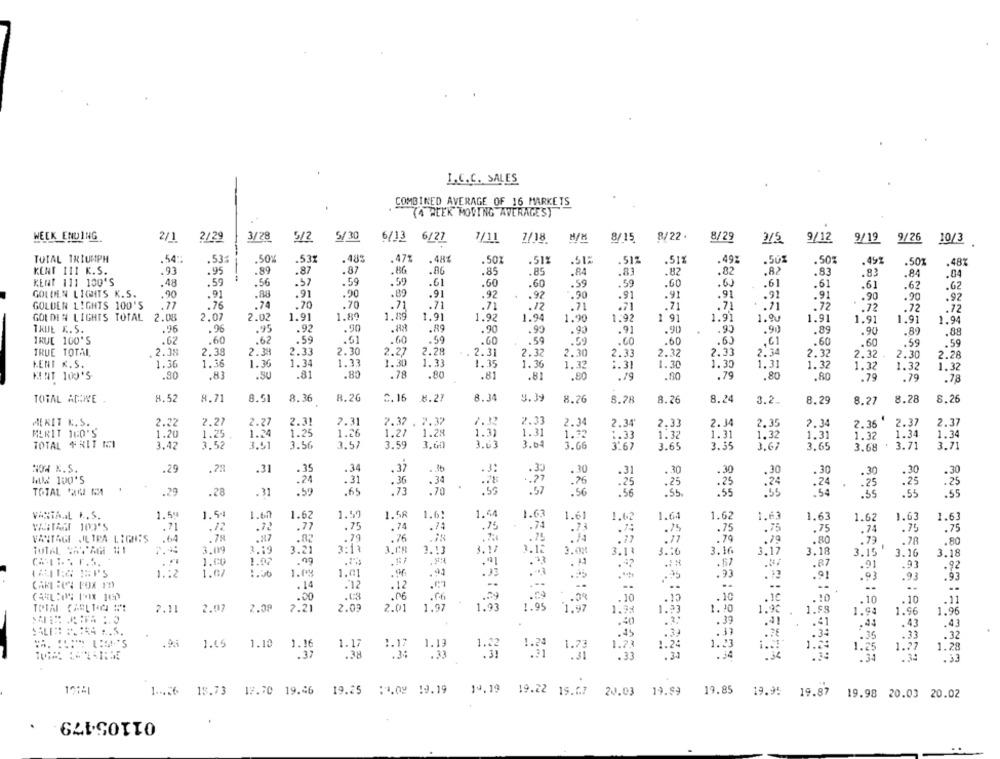
I.C.C. SALES
COMBINED AVERAGE OF 16 MARKETS
(4 WEEK MOVING AVERAGEST
WEEK ENDING
3/28
8/22.
2/1
2/29
5/2
5/30
6/13 6/27
7/11
7/18
8/15
8/29
3/5
9/12
9/19
9/26
10/3
TOTAL TRIUMPH
.54:
.53:
.50%
.53%
.48%
.472
.484
.51:
.51%
.518
.49%
.502
.50%
.51%
.50%
.492
.501
.48%
KENT 111 K.S.
.93
.95
.89
.87
.87
.86
.86
.85
.85
.83
.82
.82
.82
.83
.83
.84
.04
KENT 111 130'S
.48
.59
.56
.57
.59
.50
.61
.60
.60
.59
.59
.60
.60
.61
.61
.61
.62
62
GOLDEN LIGHTS K.S.
.90
.91
.88
.91
.90
.89
.91
.92
.92
.90
.91
.91
.91
.91
.91
.90
.90
.92
.70
.70
.71
GOLDEN LIGHTS 100'S
.77
.76
.74
.71
.71
.12
.71
.71
.71
.71
.71
.72
.72
.72
.72
GOUDEN LIGHTS TOTAL 2.08
2.07
2.02
1.91
1.89
1.09
1.91
1.92
1.94
1.90
1.92
1 91
1.91
1.90
1.91
1.91
1.91
1.94
TRUE &. 5.
.96
.96
.95
.92
.90
.88
.89
.90
.90
.90
.91
.90
.95
.90
.89
.90
.89
.88
TRUE 100'S
.62
.60
.62
.59
.61
.60
.59
.60
.59
.59
. CO
.60
.63
.60
.60
.59
2.30
.59
TRUE TOTAL
.2.38
2.38
2.38
2.33
2.27
2.28
2.31
2.32
2.30
2.33
2.32
2.33
2.34
2.32
2.32
2.30
2.28
KENT K.S.
1.36
1.36
1.36
1.34
1.33
1.30
1.33
1.35
1.36
1.32
1.30
1.30
1.31
1.32
:. 31
1.32
1.32
1.32
KENT 100'S
.80
.83
.SU
.81
.80
.78
.80
.81
.81
.80
.79
.80
.79
.80
.80
.79
.79
.78
TOTAL ANWE
8.52
8.71
8.51
8.36
8.26
₾.16
8.21
8.34
4.39
8.26
8.78
8.26
8.24
3.2.
8.29
8.27
8.28
8.26
MERIT K. S.
2.22
2.27
2.27
2.31
2.31
7.37 . 7.37
1.12
2.33
2.34
2.34
2.33
2.34
2.35
2.35
2.35
2.37
2.37
MERIT 160'S
1.20
1.25
1.25
1.26
1.27
1.28
1.31
1.22
1.24
1.31
1.33
1.32
1.31
1.32
1.31
1.32
1.34
1.34
TOTAL FRIT MI
3.42
3.52
3.51
3.56
3.57
3.59
3.60
3.63
3.04
3.66
3.67
3.65
3.35
3.67
3.65
3.68
. 3.71
3.71
NON X.S.
.29
.31
. 35
.34
.37
.. 3b
.3:
.30
.30
.31
.30
.30
.30
.30
. 30
.30
LUX 100'5
.30
.24
.31
. 36
.34
:37
.76
:25
.25
.25
:24
.24
.25
.25
.25
TOTAL SUM
.29
.28
.31
.59
.65
. 73
.70
.
.55
.57
.56
:55
.55
.54
.55
.55
.55
VASTA.IL R. S.
1.59
1.54
1.60
1.62
1.59
1.58
1.6!
1.64
1.63
1.61
1.62
1.65
1.62
1.63
1.63
1.62
1.63
1.63
.71
.12
.72
.77
.75
.74
.74
.75
.74
.73
.75
.75
.75
.75
.74
.75
.75
VANTAGE JLIRA LIGHTS
64
.78
.217
.82
.79
.76
.75
.77
.77
.79
.80
.79
44
.19
.78
.80
TOTAL SAVAGE #1
3.09
3.19
3.21
3.08
3.13
3. 17
3.12
3.00
3.11
3.10
3.16
3.17
3.18
3.15
3.16
3.18
1.00
1.02
.99
.33
.57
.87
.91
.93
.92
1.12
1.07
1.00
1.09
1.01
.98
.93
.91
.93
.93
.93
CARLICA POX YD
.12
.12
. 14
--
--
..
.00
.03
. 06
.06
.9
.10
.10
10
.10
.10
.10
.11
2.11
2.09
7.21
2.09
2.01
1.97
1.93
1.95
1.97
1.34
1.10
2.07
1.23
1.92
1.88
1.94
1.96
1.96
.40
. 39
.41
.43
.43
.24
.45
.34
.33
.32
.9.
1.65
1.10
1.16
1.17
1.2
1:23
1.24
1.25
1.27
1.28
1.13
1.22
.37
.33
.34
.33
.
17.70 19.46
19.25 :2.09 19.19
10.19
19.85
1 ... 26
18.73
19.22 15.67
20.03 19.89
19.95
19.87
19.98 20.03 20.02
01105479